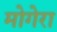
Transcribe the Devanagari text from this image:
मोगेरा